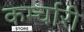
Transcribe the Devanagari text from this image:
कर्म्चारी